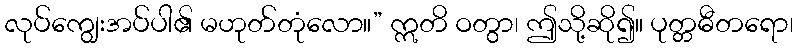
လုပ်ကျွေးအပ်ပါ၏ မဟုတ်တုံလော။” ဣတိ ဝတွာ၊ ဤသို့ဆို၍။ ပုတ္တဓီတရော၊